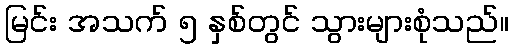
မြင်း အသက် ၅ နှစ်တွင် သွားများစုံသည်။